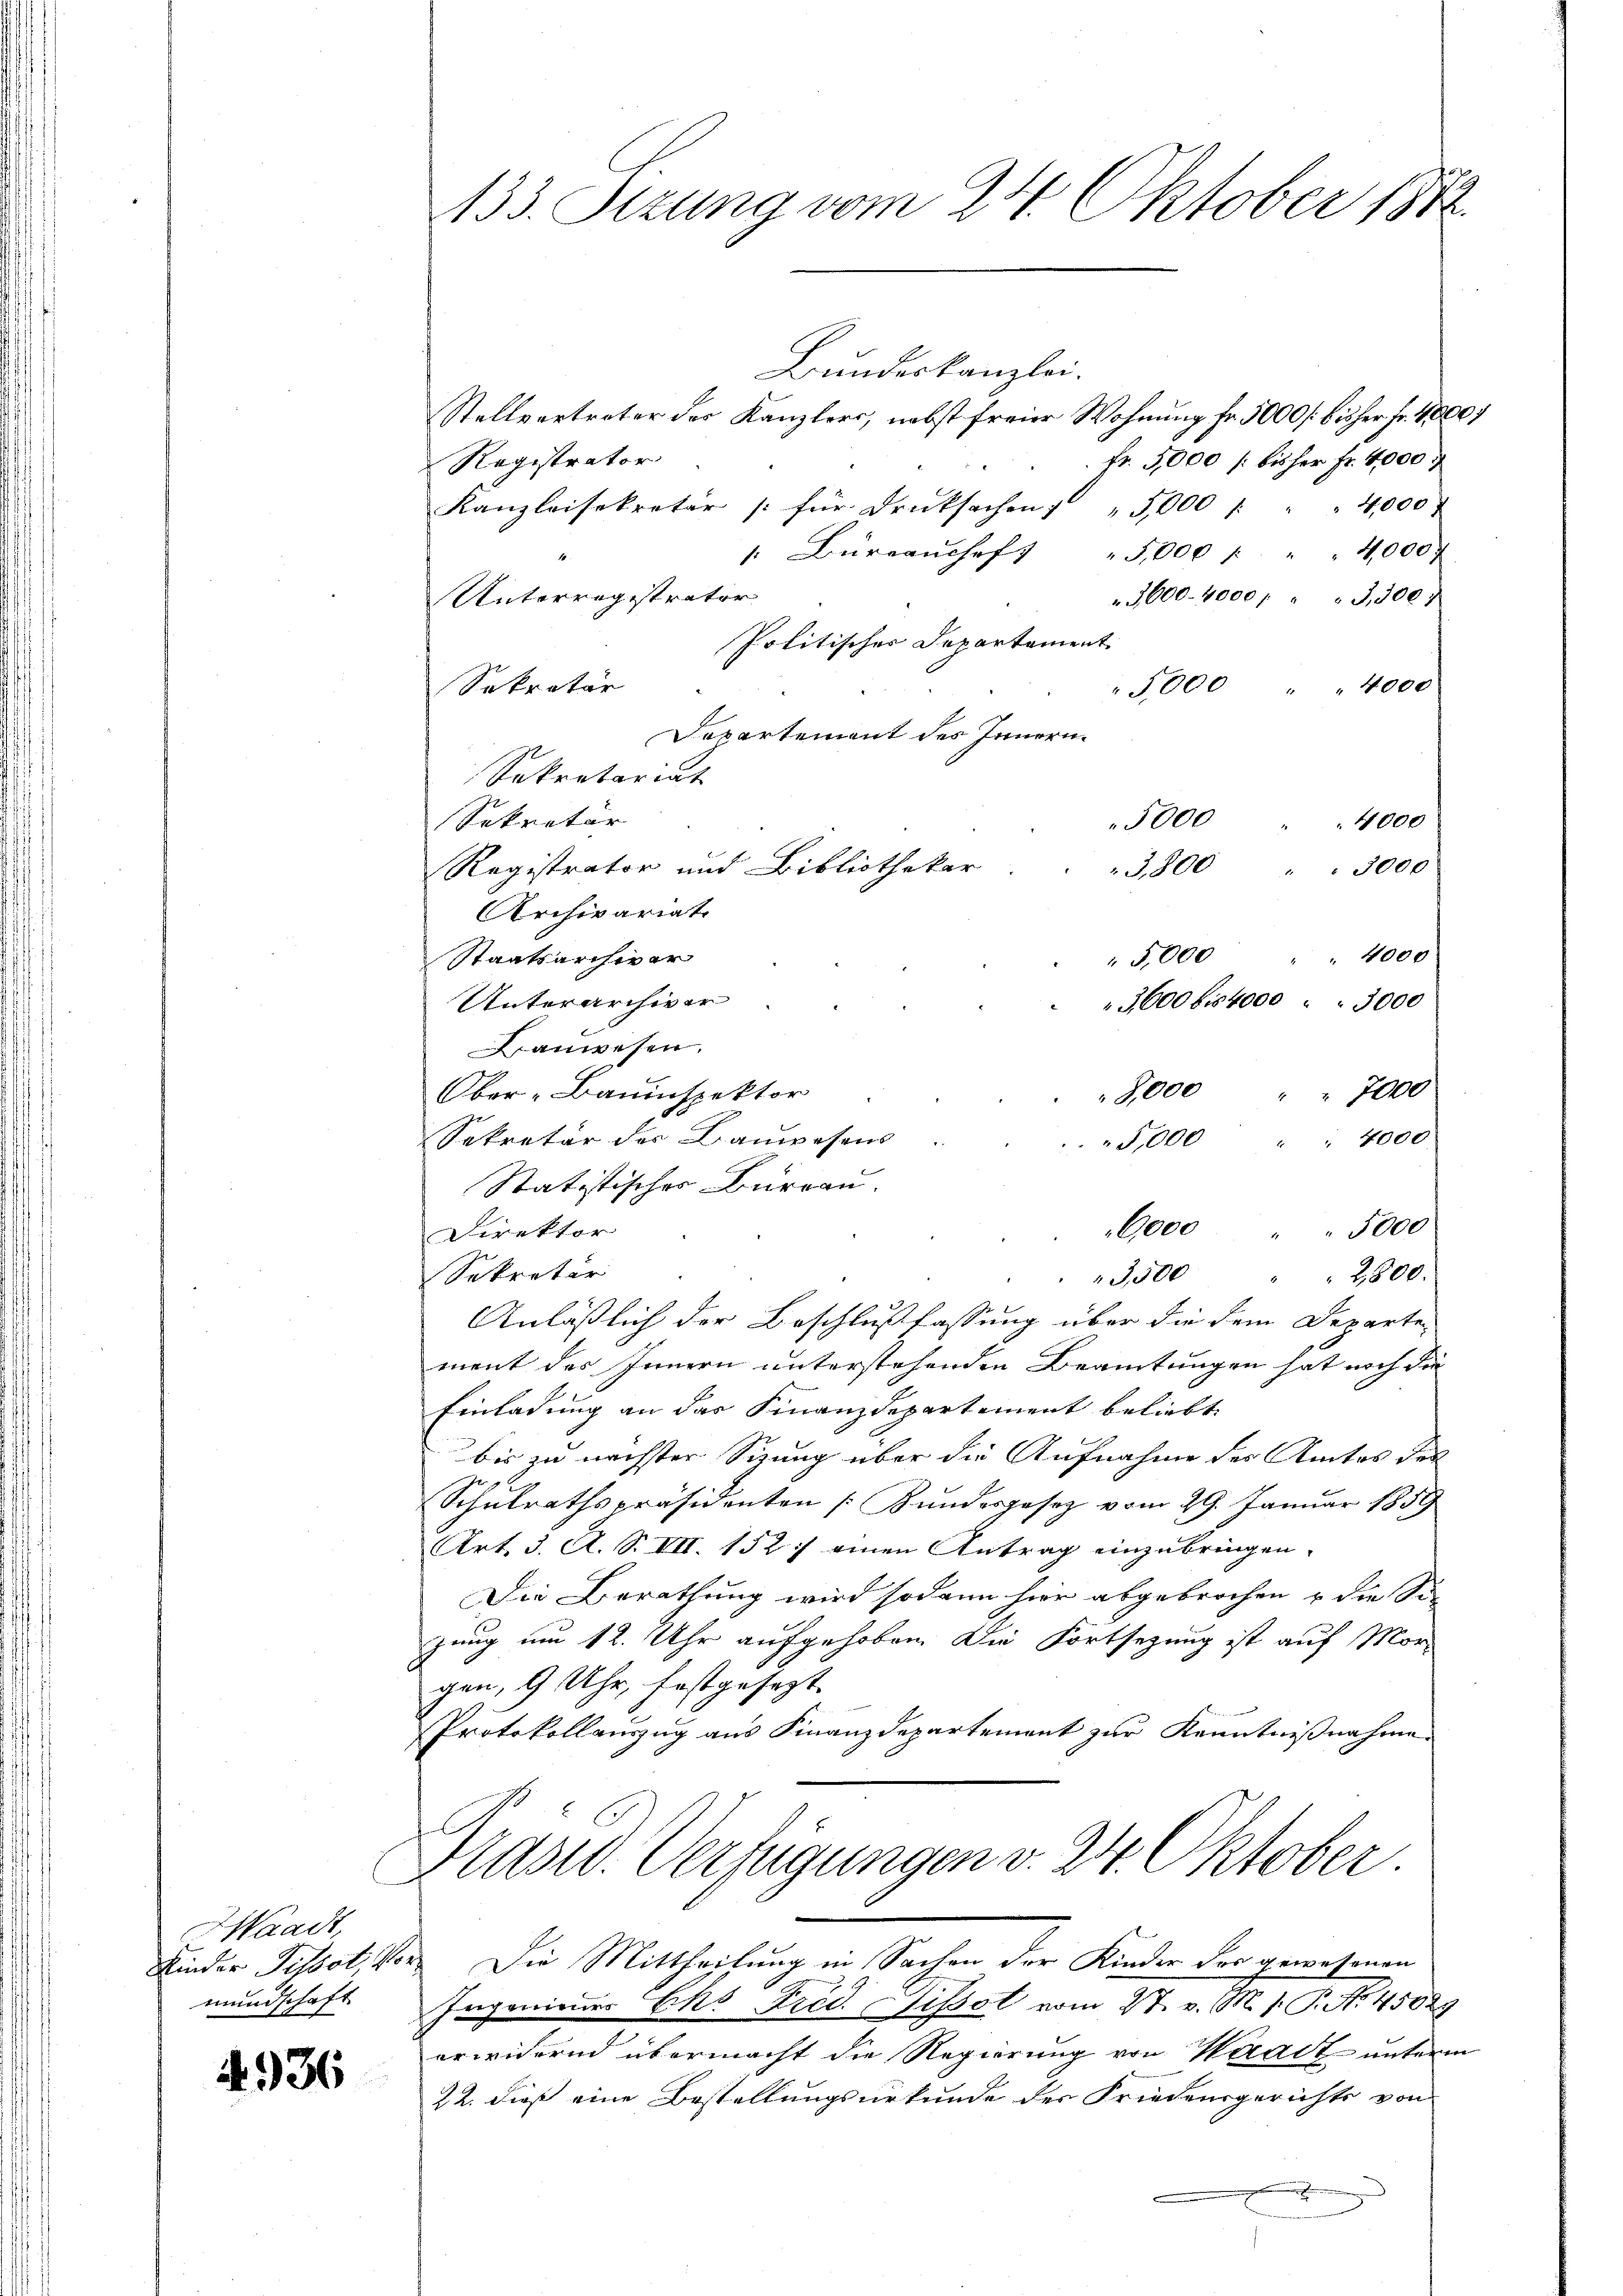
C

Waadt,
Kinder Tissot, 4
mundschaft

4936

133. Sizung vom 24. Oktober 1872

Bundeskanzlei.
Stellvertreter des Kanzlers, nebst freier Wohnung fr. 5000 [bisher fr. 1000f
Registrator
Kanzleisekretär für Drucksachen " " 5,000 " " " 4,000
" Büreaŭchef " 5,000 " " 4,000
Unterregistrator
Politischer Departement.
Sekretär
Departement des Innern.
Sekretariat
5000
Sekretär
Registrator und Bibliothekar
3,800 " " 3000
Archivariat
Staatsarchiver
Unterarchiver
3600 bis 4000 " " 3000
Bauwesen.
Ober-Bauinspektor
„5000 " " 7000
Sekretär der Bauwesens.
5,000 " " 4000.
Statistischer Burgau.
9000 " " 5000
Direktor
Sekretär
3,500 " " 2500.
Anläßlich der Beschlußfassung über die dem Departe
ment des Innern unterstehenden Beamtungen hat noch die
Einladung an das Finanzdepartement beliebt
bis zu nächster Sitzung über die Aufnahme des Amtes des
Schulrathspräsidenten (Bundesgesez vom 29. Januar 1859
Art. 3. A. S. VII. 152) einen Antrag einzubringen.
Die Berathung wird sodann hier abgebrochen u die Sie
zung um 12. Uhr aufgehoben. Die Fortsetzung ist auf Morgen, 9 Uhr, festgesezt.
Protokollauszug aus Finanzdepartement zur Kenntnißnahme
Präsid. Verfügungen v. 24. Oktober.

Fr. 5000 [bisher fr. 4000.
3,600. 4000 " " " 3,300 f
5,000 " " 4000

4000
5,000 " " 4000

Die Mittheilung in Sachen der Kinder des gewesenen
Ingenieurs Eks Frid. Dissot vom 27. v. M. h. T. N. 45029

erwidernd übermacht die Regierung von Waadt unterm
22. dieß eine Bestellungsurkunde der Friedensgerichts von
.